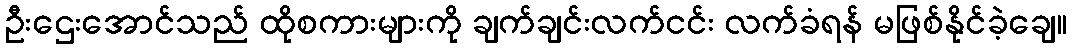
ဦးဌေးအောင်သည် ထိုစကားများကို ချက်ချင်းလက်ငင်း လက်ခံရန် မဖြစ်နိုင်ခဲ့ချေ။